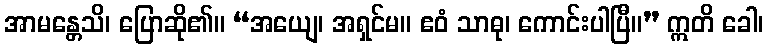
အာမန္တေသိ၊ ပြောဆို၏။ “အယျေ၊ အရှင်မ။ ဧဝံ သာဓု၊ ကောင်းပါပြီ။” ဣတိ ခေါ၊